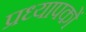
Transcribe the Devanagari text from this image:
प्रध्यापकों